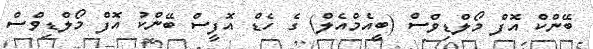
ބޭންކް އޮފް މޯލްޑިވްސް (ބީއެމްއެލް) ގެ ހެޑް އޮފީސް ބޭންކު އޮފް މޯލްޑިވްސް